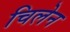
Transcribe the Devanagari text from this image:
चिलेन